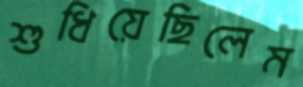
শুধিয়েছিলেম